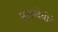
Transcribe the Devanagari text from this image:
मायादेवीने